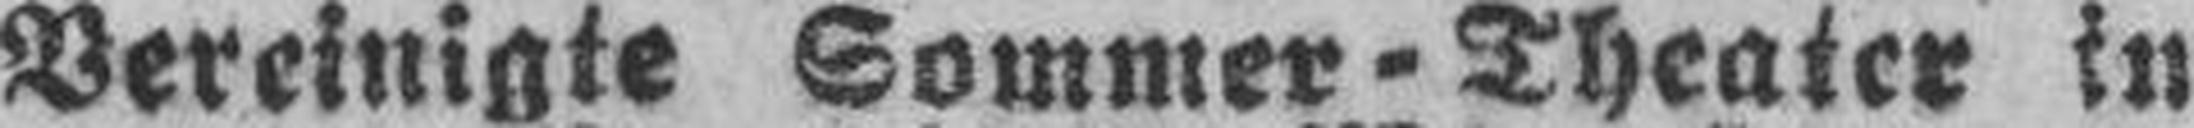
Vereinigte Sommer-Theater in